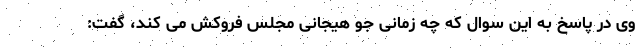
وی در پاسخ به این سوال که چه زمانی جو هیجانی مجلس فروکش می کند، گفت: